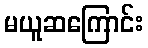
မယူဆကြောင်း